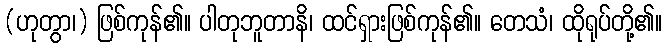
(ဟုတွာ၊) ဖြစ်ကုန်၏။ ပါတုဘူတာနိ၊ ထင်ရှားဖြစ်ကုန်၏။ တေသံ၊ ထိုရုပ်တို့၏။